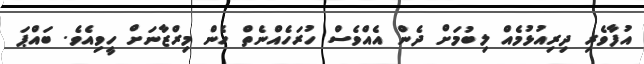
އުފާވެރި ދިރިއުޅުމެއް ލިބުމަށް ދެން އެއްވެސް ހުރަހެއްނެތް ހެން މިރްޒާނަށް ހީވިއެވެ. ބައްޕަ